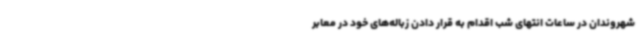
شهروندان در ساعات انتهای شب اقدام به قرار دادن زباله‌های خود در معابر